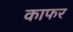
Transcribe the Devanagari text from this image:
काफर